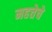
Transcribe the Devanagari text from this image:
महत्तेचे